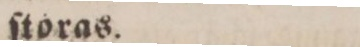
ſtoras.